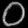
Digit: ၀